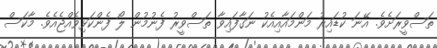
ތަސްވީރަށެވެ. އޭނަ ކުޑައިރު މަންމައާއިއެކު ނަގާފައިވާ ތަސްވީރު ފެނުމުން ލޯ ފެންކަޅިވެއްޖެއެވެ. މާކަސް